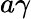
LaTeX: a\gamma